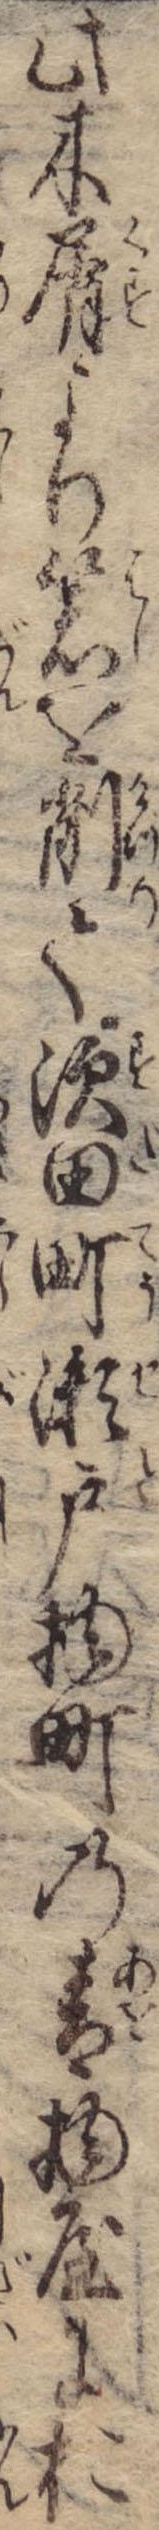
此木屑より箸を削て須田町瀬戸物町の青物屋にお